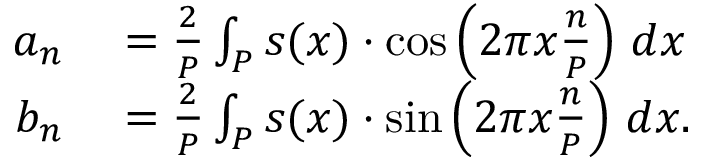
\begin{array} { r l } { a _ { n } } & { { } = { \frac { 2 } { P } } \int _ { P } s ( x ) \cdot \cos \left( 2 \pi x { \frac { n } { P } } \right) \, d x } \\ { b _ { n } } & { { } = { \frac { 2 } { P } } \int _ { P } s ( x ) \cdot \sin \left( 2 \pi x { \frac { n } { P } } \right) \, d x . } \end{array}